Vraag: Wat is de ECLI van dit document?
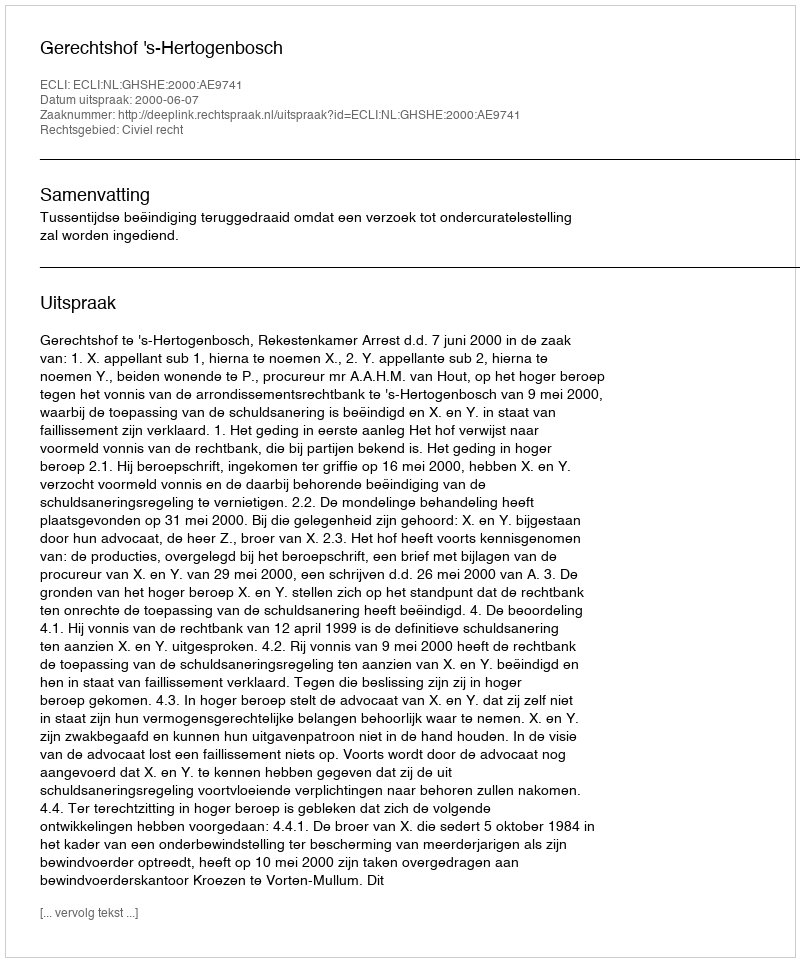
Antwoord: ECLI:NL:GHSHE:2000:AE9741